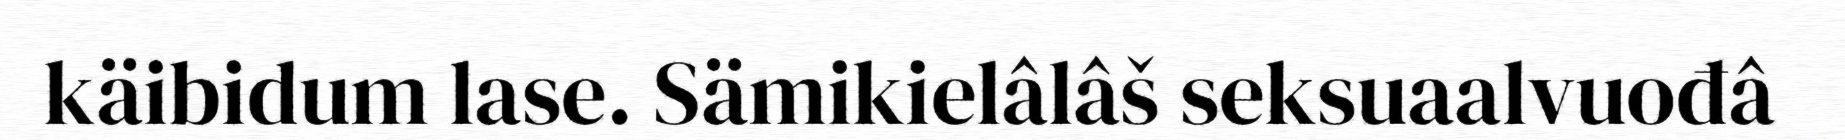
käibidum lase. Sämikielâlâš seksuaalvuođâ